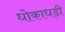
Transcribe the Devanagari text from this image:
धोकाधड़ी